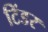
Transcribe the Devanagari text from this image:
टिंडर